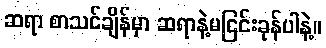
ဆရာ စာသင်ချိန်မှာ ဆရာနဲ့မငြင်းခုန်ပါနဲ့။